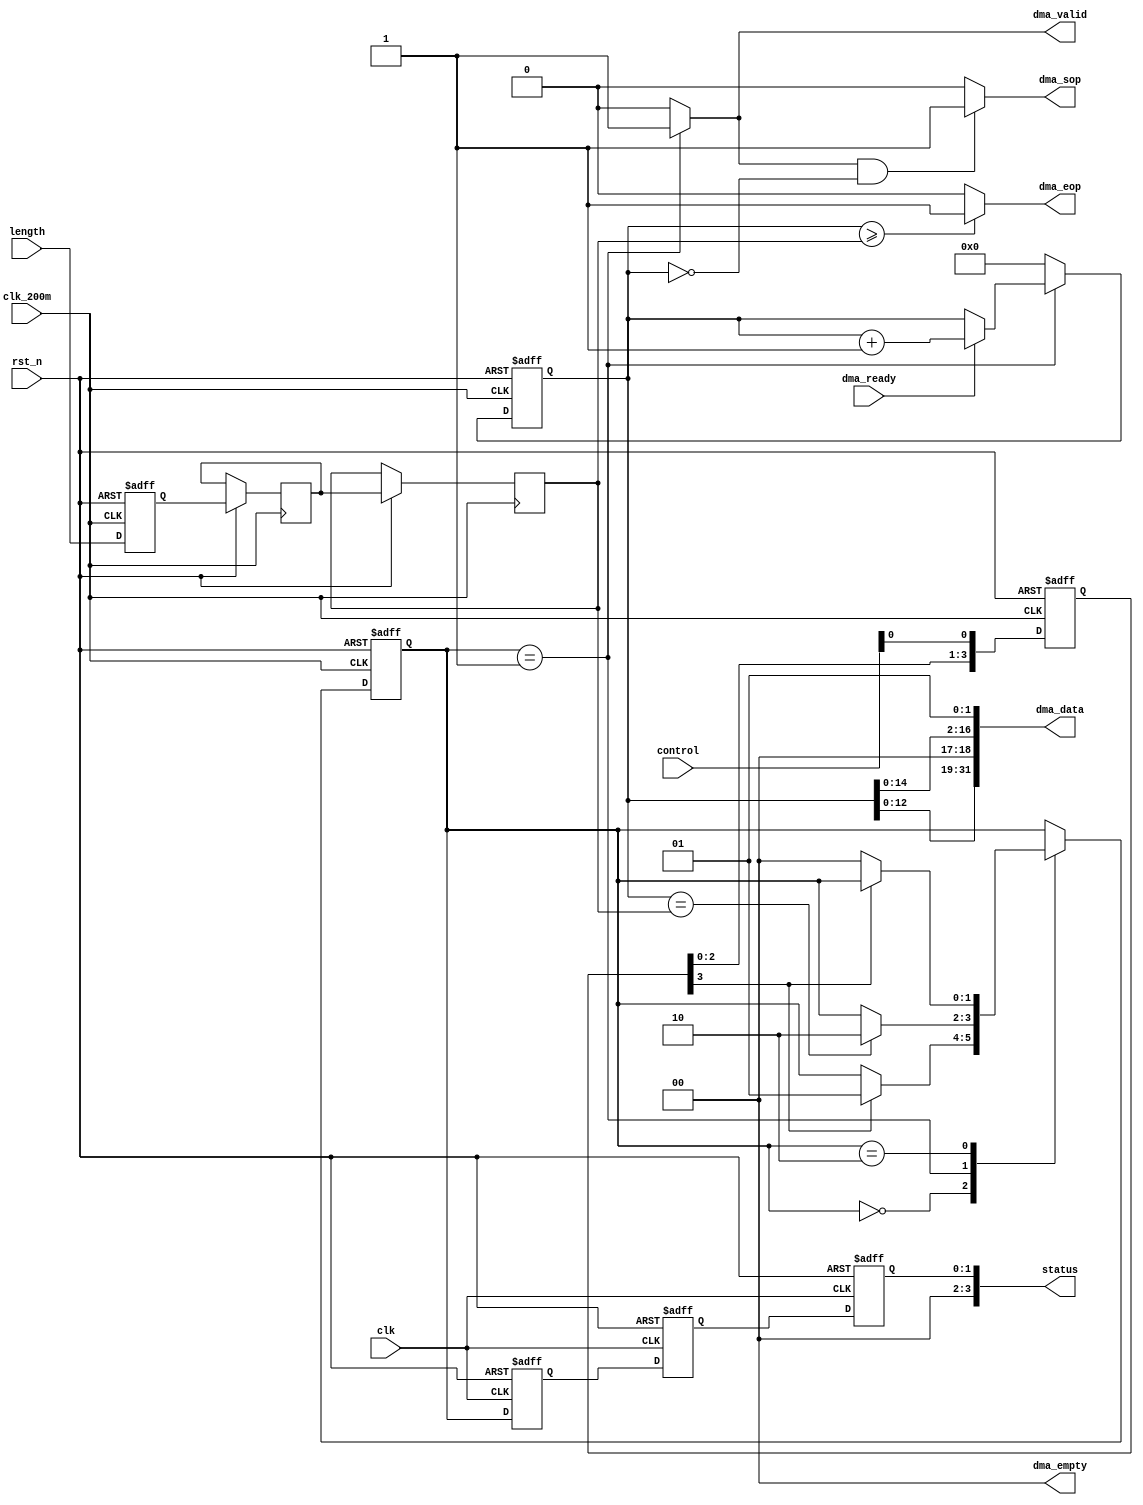
/*
AD
FIFOAVALON-DMADDR3

*/

module adVirtualTest(
//===system============
clk,
clk_200m,
rst_n,
//=====control===========
control,
length,
status,

//===data flow====
dma_sop,
dma_eop,
dma_empty,
dma_ready,
dma_valid,
dma_data

);

input clk,clk_200m,rst_n;

input [7:0]control;
input [15:0]length;
output [3:0]status;

output        dma_sop;               
output        dma_eop;                 
output [1:0]  dma_empty;                       
output [31:0] dma_data;                          
output        dma_valid;                       
input        dma_ready;


//==========reg&wire===================
reg [3:0]start_buf;
reg [15:0]send_cnt_buf[2:0];

reg [1:0]ad_status;
parameter sIDLE = 2'd0;
parameter sPROCESS = 2'd1;
parameter sWAIT = 2'd2;

reg [1:0]status_buf[2:0];

reg [29:0]ad_cnt;

//================code=================================
//====start_buf======
always@(posedge clk_200m or negedge rst_n)
if(!rst_n)
start_buf <= 4'd0;
else
start_buf <= {start_buf[2:0],control[0]};

always@(posedge clk_200m or negedge rst_n)
if(!rst_n)
begin
	send_cnt_buf[0]<= 16'd0;
	send_cnt_buf[0]<= 16'd0;
	send_cnt_buf[0]<= 16'd0;
end
else
begin
	send_cnt_buf[2]<= send_cnt_buf[1];
	send_cnt_buf[1]<= send_cnt_buf[0];
	send_cnt_buf[0]<= length;
end


//======status_buf==============
always@(posedge clk or negedge rst_n)
if(!rst_n)
begin
	status_buf[0] <= 2'd0;
	status_buf[1] <= 2'd0;
	status_buf[2] <= 2'd0;
end
else
begin
	status_buf[2] <= status_buf[1];
	status_buf[1] <= status_buf[0];
	status_buf[0] <= ad_status;
end


//ad_status
always@(posedge clk_200m or negedge rst_n)
if(!rst_n)
ad_status <= sIDLE;
else
begin
	case(ad_status)
	sIDLE:
	begin
		if(start_buf[3])
		ad_status <= sPROCESS;
	end
	sPROCESS:
	begin
		if(ad_cnt == send_cnt_buf[2])
		ad_status <= sWAIT;
	end
	sWAIT:
	begin
		if(start_buf[3] == 1'b0)
		ad_status <= sIDLE;
	end
	endcase
end

//===ad_cnt====
always@(posedge clk_200m or negedge rst_n)
if(!rst_n)
ad_cnt <= 30'd0;
else
begin
	if(ad_status == sPROCESS)
	begin
		if(dma_ready)
		ad_cnt <= ad_cnt + 1'b1;
		else
		ad_cnt <= ad_cnt;
	end
	else
	ad_cnt <= 30'd0;
end

assign dma_valid = (ad_status == sPROCESS)?1'b1:1'b0;
assign dma_data = {{ad_cnt[14:0],2'd0},{ad_cnt[14:0],2'd1}};

assign dma_empty = 2'd0;
assign dma_sop = (dma_valid&&(ad_cnt == 30'd0))?1'b1:1'b0;
assign dma_eop = (ad_cnt >= send_cnt_buf[2])?1'b1:1'b0;
assign status = status_buf[2];
endmodule